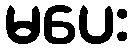
မပေး